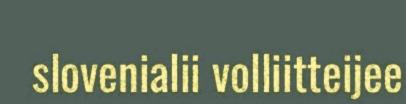
slovenialii volliitteijee